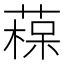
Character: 𦹂